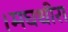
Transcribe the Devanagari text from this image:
।मघधीरा